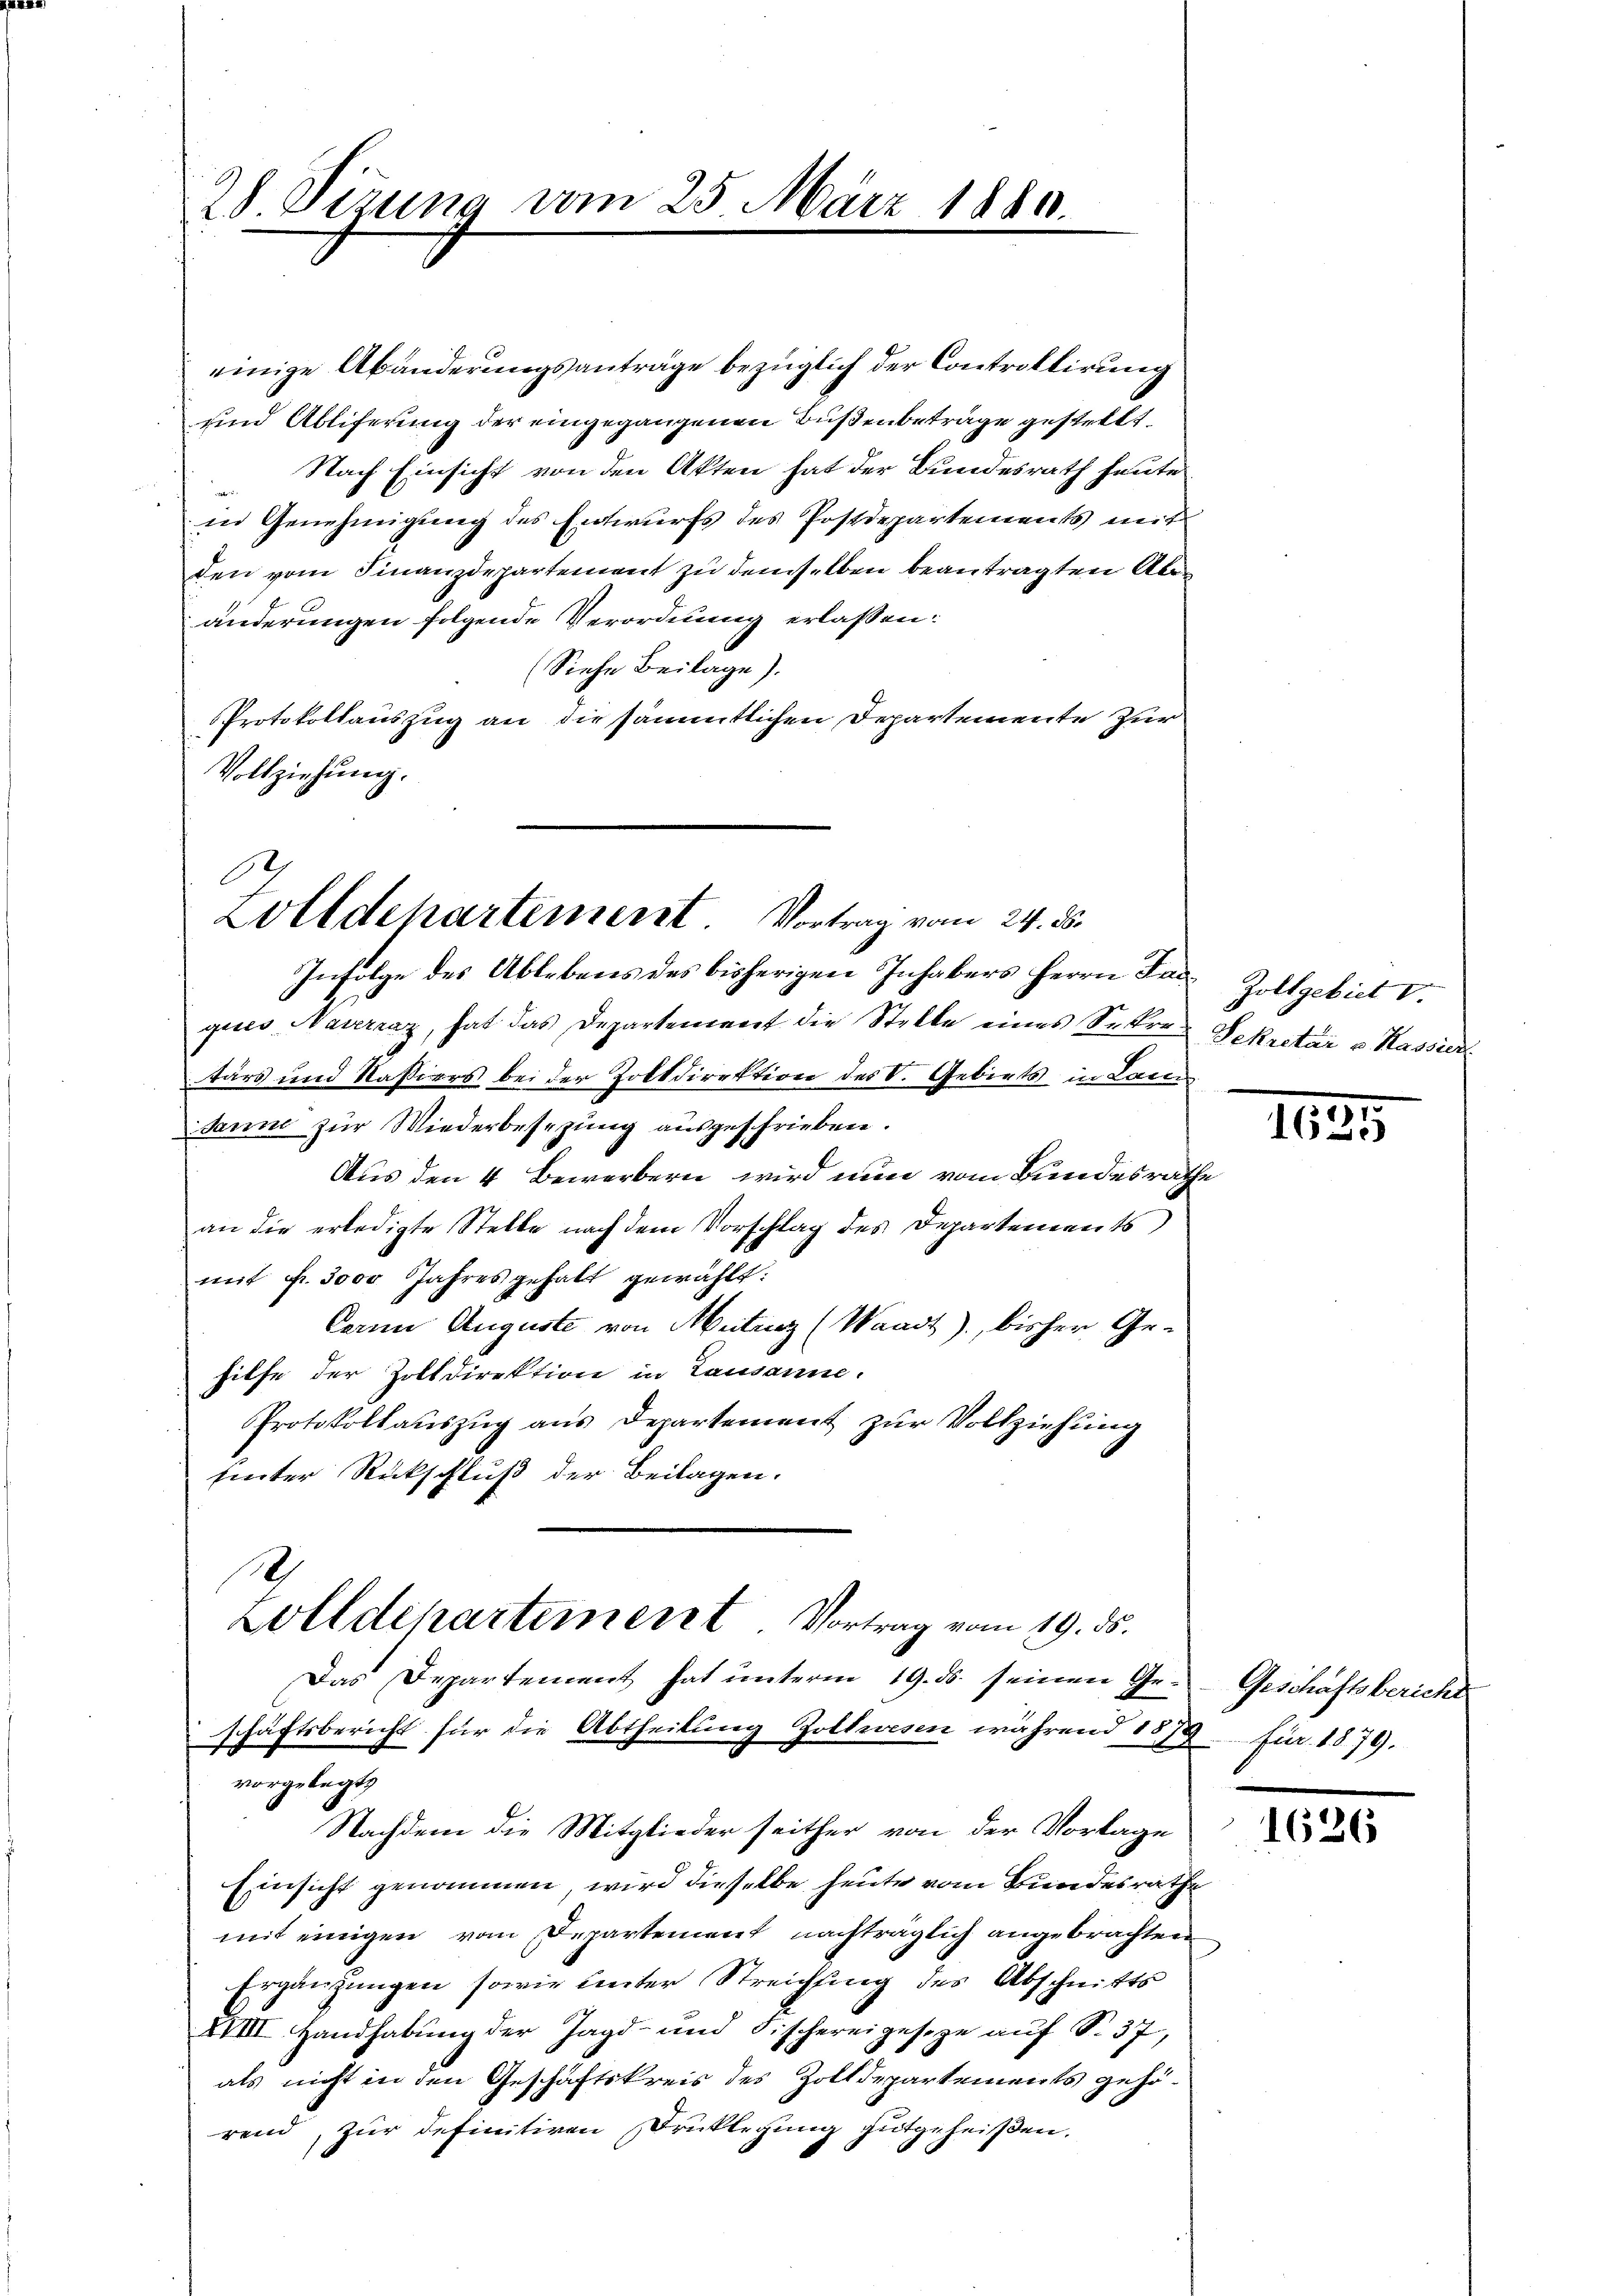
28. Sizung vom 25. März 1840.

einige Abänderungsanträge bezüglich der Controllirung
und Abliferung der eingegangenen Bußenbeträge gestellt,
Nach Einsicht von den Akten hat der Bundesrath heute
in Genehmigung des Entwurfs des Postdepartements mit
den vom Finanzdepartement zu demselben beantragten Abänderungen folgende Verordnung erlaßen:
(Siehe Beilage).
Protokollauszug an die sämmtlichen Departemente Zür
Vollziehung.

Zolldepartement. Vortrag vom 24. ds.

Infolge des Ablebens des bisherigen Inhabers Herrn Far- Zollgebiet V.
ques, Nauerraz, hat das Departement die Stelle eines Sekre Sekretär v. Kassier
tärs und Kassiers bei der Zoltdirektion des V. Gebiets in Lansanne zur Wiederbesezung ausgeschrieben.
Aus den 4 Bewerbern wird nun vom Bundesrath
an die erledigte Stelle nach dem Vorschlag des Departements
mit Fr. 3000 Jahres gehalt gewählt:
Cernn Auguste von Metenz (Waadt, bisher Ge-
hilfe der Zolldirektion in Lausanne.
Protokollauszug aus Departement zur Vollziehung
hinter Rückschluß der Beilagen.
.
Zolldepartement Vortrag vom 19. ds.
Das Departement hat unterm 19. ds. seinen Ge-
schäftsbericht für die Abtheilung Zollwesen während 1879. Für 1879.
vorgelegt,
Nachdem die Mitglieder seither von der Vorlage
Einsicht genommen, wird dieselbe heute vom Bundesrathe
mit einigen vom Departement nachträglich angebrachten
Ergänzungen sowie unter Streichfing des Abschnitts
XVIII. Handhabung der Jagd- und Fischereigeseze auf S. 37,
als nicht in den Geschäftskreis des Zolldepartements gehörend, zur definitiven Drucklegung gutgeheißen.

be

1625

Geschaftsbericht

1626